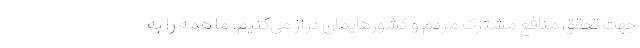
جهت تحقق منافع مشترک مردم و کشورهایمان دراز می‌کنیم. ما همه را به